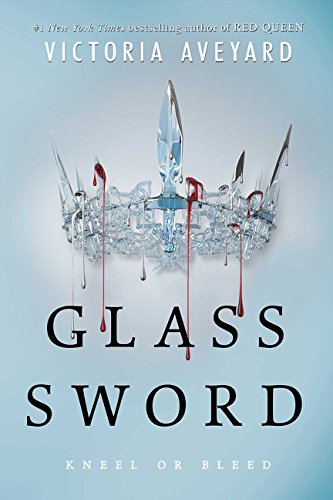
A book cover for Glass Sword (Red Queen); Victoria Aveyard; Teen & Young Adult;